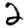
Digit: 2